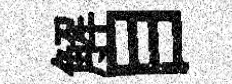
解目